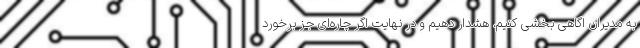
به مدیران اگاهی بخشی کنیم، هشدار دهیم و در نهایت اگر چاره‌ای جز برخورد